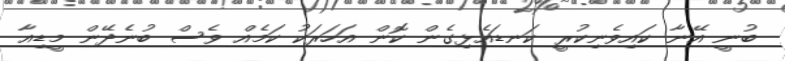
ބުނީ އޭނާ ކައިވެނިކުރީ ކަނޑައެޅިގެން ކޮން އަހަރަކު ކަމެއް ވެސް ބުނެދޭން މީޑިއާ